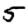
Digit: 5